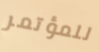
للمؤتمر